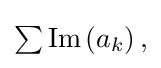
{\textstyle \sum \operatorname {Im} \left(a_{k}\right),}